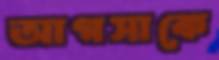
আগসাকে